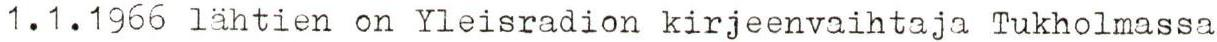
1.1.1966 lähtien on Yleisradion kirjeenvaihtaja Tukholmassa